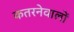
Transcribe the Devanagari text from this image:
कतरनेवालों